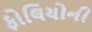
ફોલિયોની